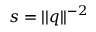
s = | | q | | ^ { - 2 }